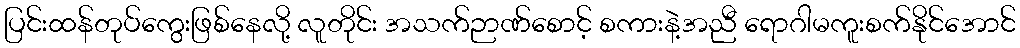
ပြင်းထန်တုပ်ကွေးဖြစ်နေလို့ လူတိုင်း အသက်ဉာဏ်စောင့် စကားနဲ့အညီ ရောဂါမကူးစက်နိုင်အောင်